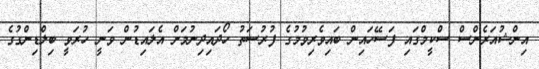
އިންޝުއަރެންސް ސްކީމްގައި ފަސޭހައިން ބައިވެރިވުމުގެ ފުރުސަތު ހޯދައިދިނުމަށް އެލައިޑުން ވަނީ ހުރަވީ ބިލްޑިންގުގެ